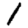
Digit: 1